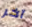
آخر